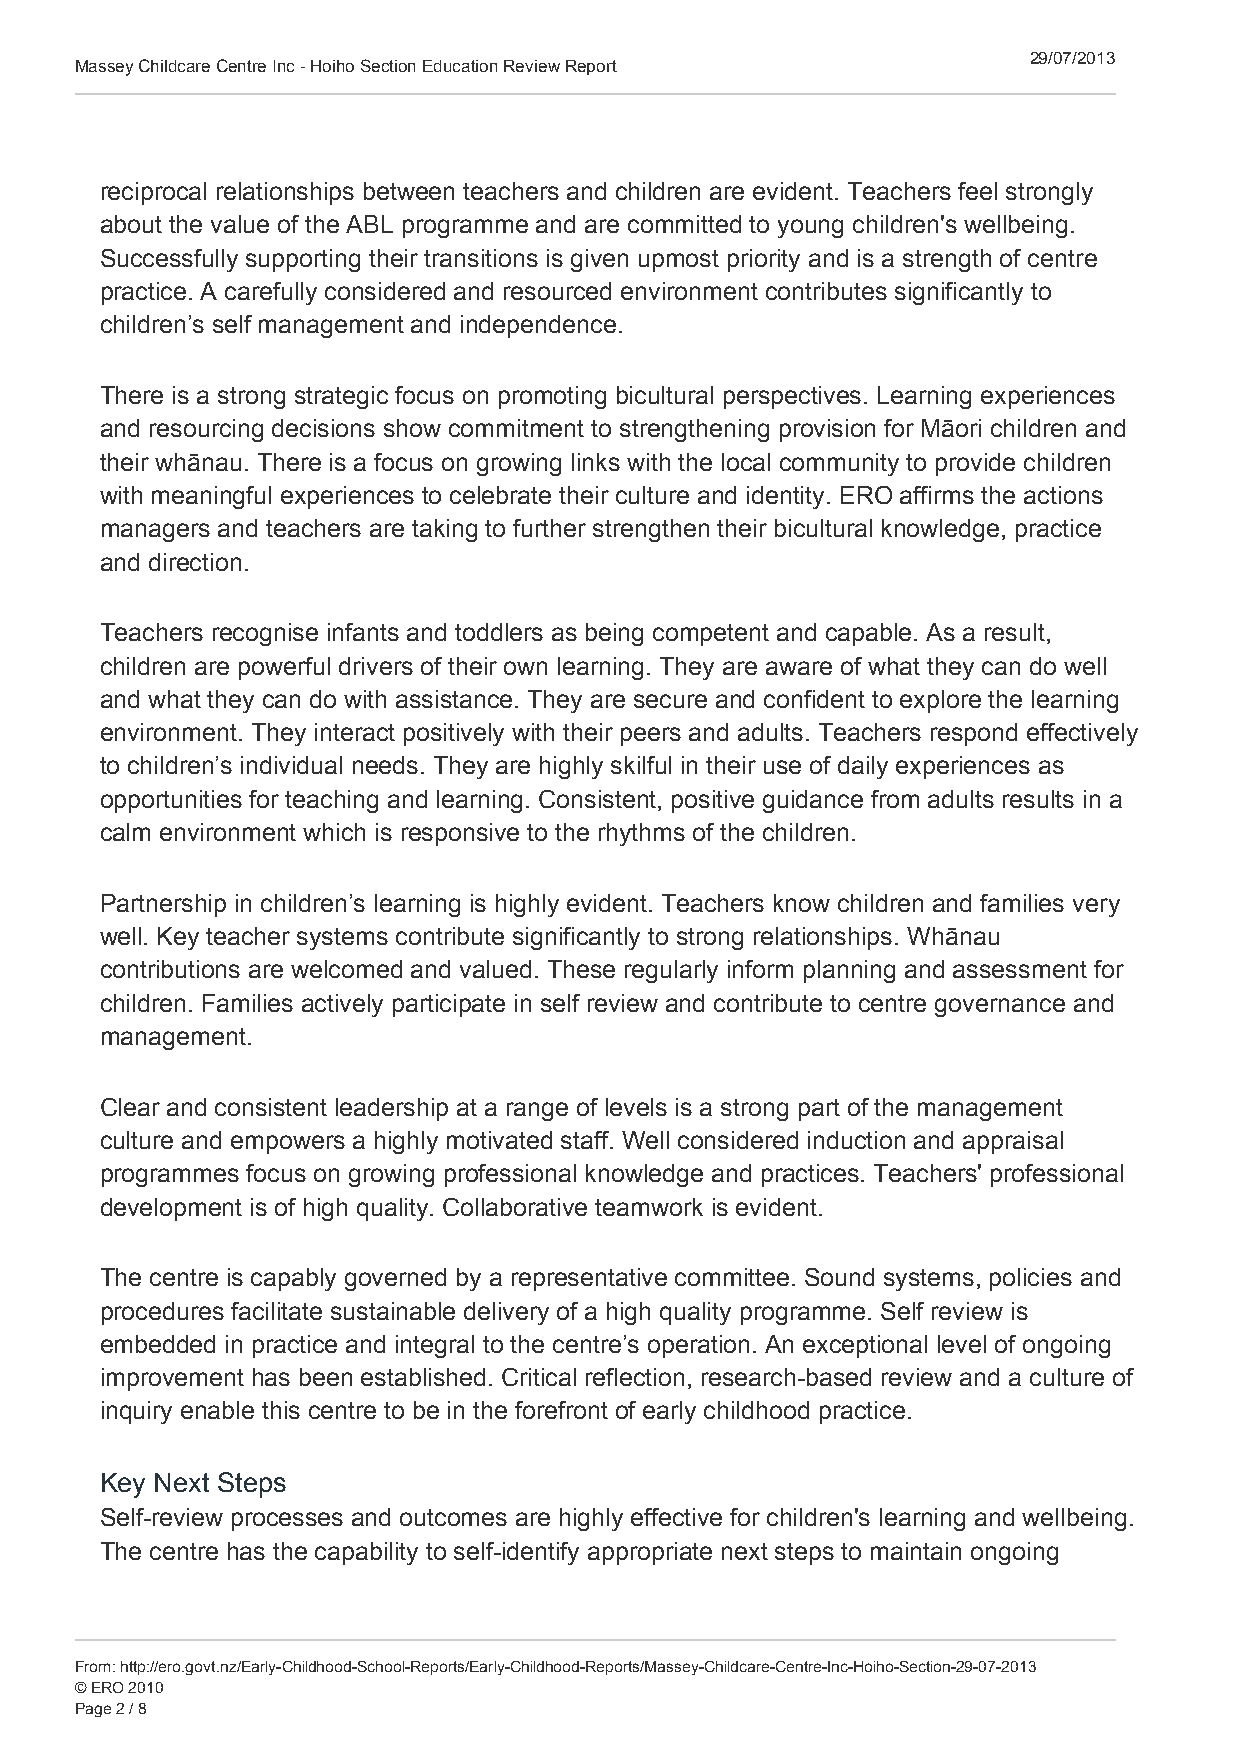
29/07/2013
 Massey Childcare Centre Inc - Hoiho Section Education Review Report
 reciprocal relationships between teachers and children are evident. Teachers feel strongly
 about the value of the ABL programme and are committed to young children's wellbeing.
 Successfully supporting their transitions is given upmost priority and is a strength of centre
 practice. A carefully considered and resourced environment contributes significantly to
 children’s self management and independence.
 There is a strong strategic focus on promoting bicultural perspectives. Learning experiences
 and resourcing decisions show commitment to strengthening provision for Māori children and
 their whānau. There is a focus on growing links with the local community to provide children
 with meaningful experiences to celebrate their culture and identity. ERO affirms the actions
 managers and teachers are taking to further strengthen their bicultural knowledge, practice
 and direction.
 Teachers recognise infants and toddlers as being competent and capable. As a result,
 children are powerful drivers of their own learning. They are aware of what they can do well
 and what they can do with assistance. They are secure and confident to explore the learning
 environment. They interact positively with their peers and adults. Teachers respond effectively
 to children’s individual needs. They are highly skilful in their use of daily experiences as
 opportunities for teaching and learning. Consistent, positive guidance from adults results in a
 calm environment which is responsive to the rhythms of the children.
 Partnership in children’s learning is highly evident. Teachers know children and families very
 well. Key teacher systems contribute significantly to strong relationships. Whānau
 contributions are welcomed and valued. These regularly inform planning and assessment for
 children. Families actively participate in self review and contribute to centre governance and
 management.
 Clear and consistent leadership at a range of levels is a strong part of the management
 culture and empowers a highly motivated staff. Well considered induction and appraisal
 programmes focus on growing professional knowledge and practices. Teachers' professional
 development is of high quality. Collaborative teamwork is evident.
 The centre is capably governed by a representative committee. Sound systems, policies and
 procedures facilitate sustainable delivery of a high quality programme. Self review is
 embedded in practice and integral to the centre’s operation. An exceptional level of ongoing
 improvement has been established. Critical reflection, research-based review and a culture of
 inquiry enable this centre to be in the forefront of early childhood practice.
 Key Next Steps
 Self-review processes and outcomes are highly effective for children's learning and wellbeing.
 The centre has the capability to self-identify appropriate next steps to maintain ongoing
 From: http://ero.govt.nz/Early-Childhood-School-Reports/Early-Childhood-Reports/Massey-Childcare-Centre-Inc-Hoiho-Section-29-07-2013
 © ERO 2010
 Page 2 / 8